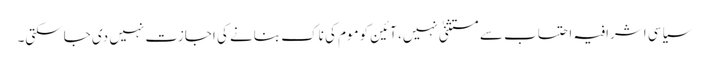
سیاسی اشرافیہ احتساب سے مستثنیٰ نہیں، آئین کوموم کی ناک بنانے کی اجازت نہیں دی جاسکتی۔